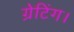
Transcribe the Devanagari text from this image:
ग्रेटिंग।